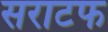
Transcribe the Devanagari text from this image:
सराटफ